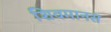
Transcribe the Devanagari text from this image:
शिवमानस